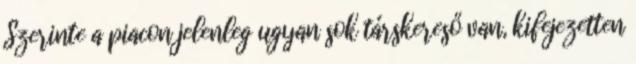
Szerinte a piacon jelenleg ugyan sok társkereső van, kifejezetten